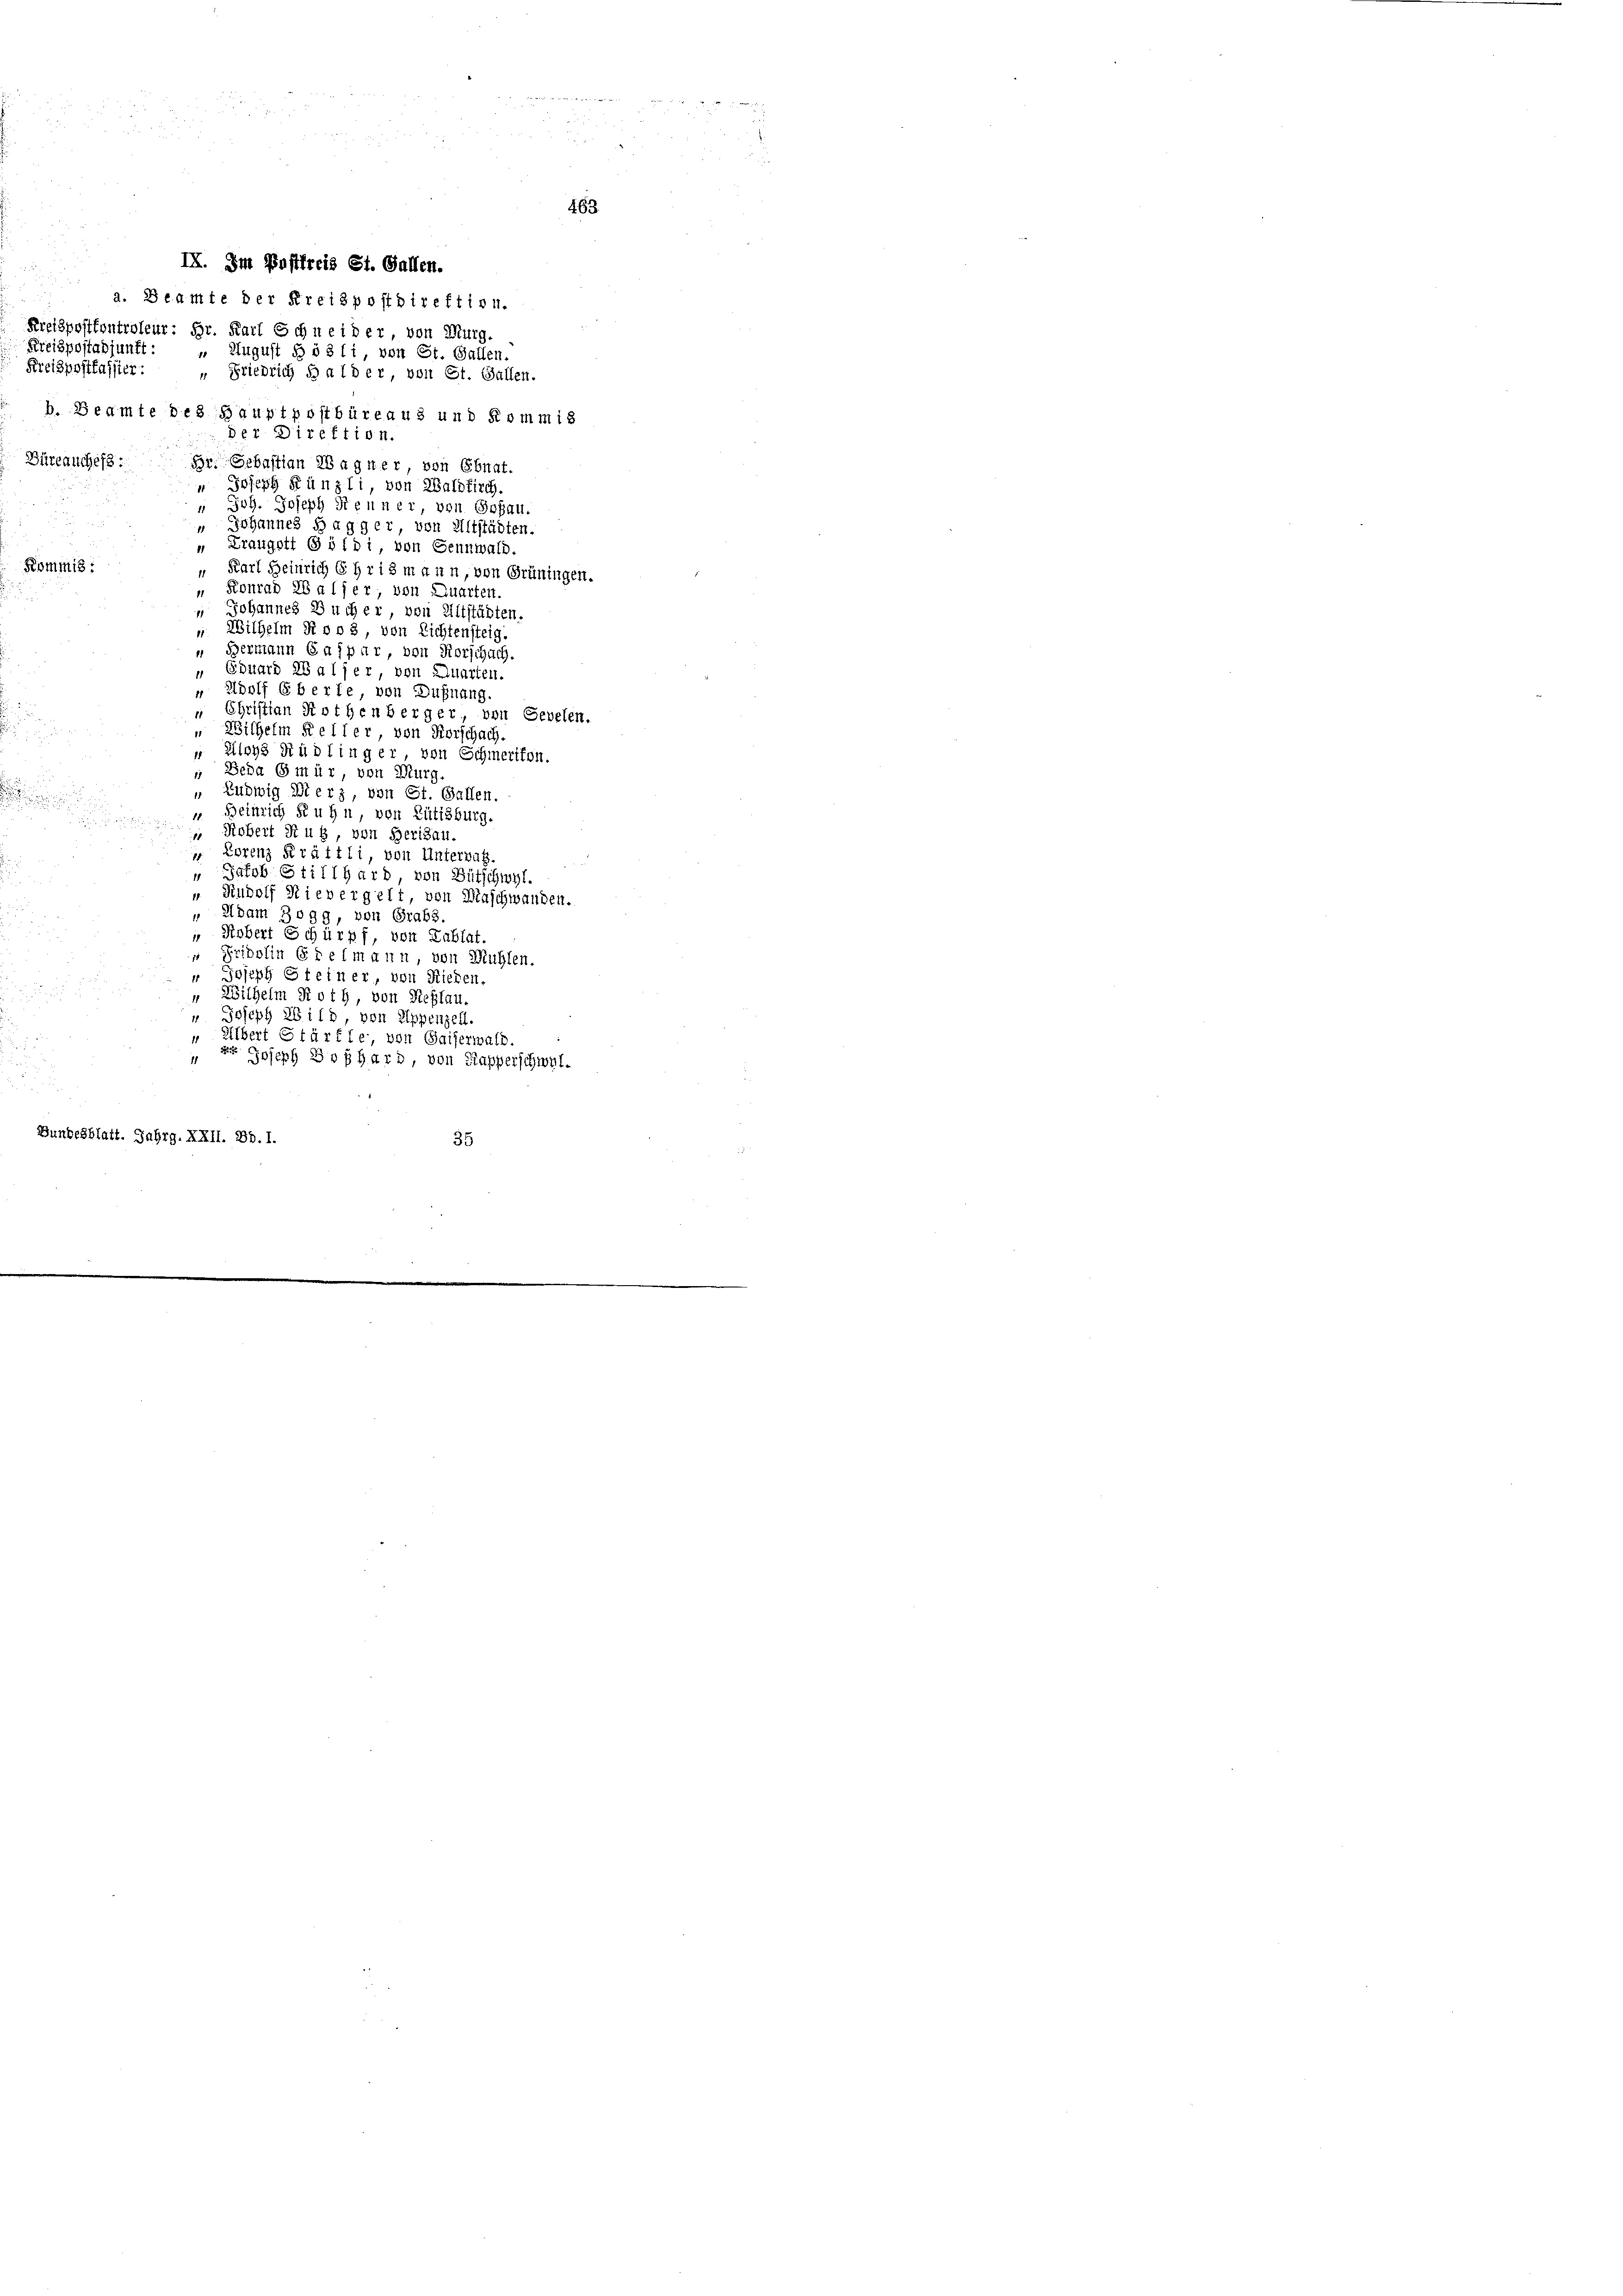
i
Kreispostkassier:
Büreauches:
Kommis:
“ Fridolin Edelmann, von Mühlen.
 Joseph Steiner, von Rieden.
i
" Wilhelm Roth, von Reflau

" Joseph 26 113, von Lippenzell.
" Albert Stärfte von Gaiserwald.
z Joseph Boßhard, von Kapperschwyl.
Bundesblatt. Jahrg. XXII. Bd. 1.
35

463.
IX. Im Postfreis St. Gallen.
a. Beamte der Kreispostdirektion.
Kreispostkontroleur: Dr. Karl Schneider von Murg.
Kreispostabjunft: „ August § 53 (1, von St. Gallen.
Friedrich bald er, von St. Gallen.
11
b. Beamte des Hauptpostbüreaus und Kommis
der Direktion
Br. Sebastian Wagner von Ebnat.
" Joseph Künzli, von Waldkirch.
" Joh. Joseph Neuner, von Goßau.
" Johannes Hagger, von Altstädten.
„ Kraugott Goldi, von Gennwald.
" Karl Heinrich 6 H r i 3 m a un, von Grüningen.
 Konrad 28 als er, von Quarten.
 Johannes Bucher, von Altstädten.
 Wilhelm Roo 3, von Lichtensteig.
Bermann Caspar, von Rorschach.
 Eduard ZBalfer, von Quarten.
" Adolf Eberte von Dufnung.
" Christian Rothenberger, von Sevelen.
„ Wilhelm Keller, von Forschach.
" Aloys Rüdlinger, von Schmerikon.
 Beda Gmür, von Murg.
" Ludwig Dierz, von St. Gallen.
Beinrich Kuhn von Rütisburg.
 Robert Ruß, von Herisau.
 Lorenz Prättli, von Untersah.
Jakob Stillhard, von Bütschwyl.
1
“ Rudolf Nievergelt, von Hinschwanden.
„ Adam Bogg, von Grabs.
 Kobert Schürpf, von Tablat.